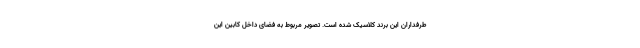
طرفداران این برند کلاسیک شده است. تصویر مربوط به فضای داخل کابین این